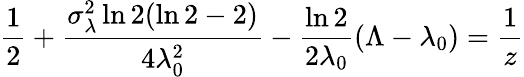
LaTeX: \frac{1}{2}+\frac{\sigma_{\lambda}^{2}\ln 2(\ln 2-2)}{4\lambda_{0}^{2}}-\frac{\ln 2}{2\lambda_{0}}(\Lambda-\lambda_{0})=\frac{1}{z}